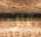
الان